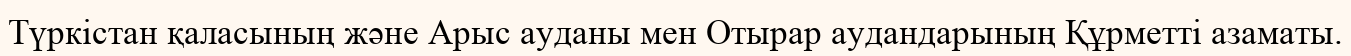
Түркістан қаласының және Арыс ауданы мен Отырар аудандарының Құрметті азаматы.